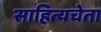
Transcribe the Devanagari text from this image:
साहित्यचेता